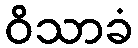
ဝိသာခံ